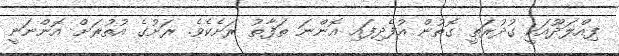
ފިއްލަދޫއަކީ ގުދުރަތީ ގޮތުން އުފެދިފައި އޮންނަ ތަފާތު ރަށެކެވެ. ރަށުގެ އުތުރަށް އޮންނަނީ